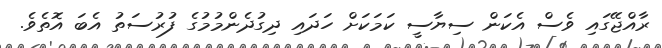
ރާއްޖޭގައި ވެސް އެކަން ސިޔާސީ ކަމަކަށް ހަދައި ދިގުދެންމުމުގެ ފުރުސަތު އެބަ އޮތެވެ.